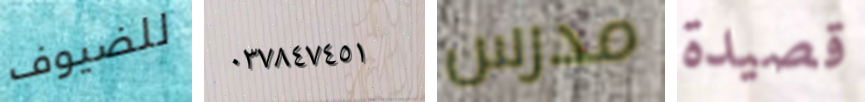
للضيوف ٠٣٧٨٤٧٤٥١ مدرس قصيدة